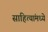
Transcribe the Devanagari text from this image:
साहित्यांमध्ये